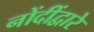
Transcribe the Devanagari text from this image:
नोंदींद्वारे